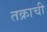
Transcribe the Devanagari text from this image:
तक्राची